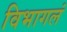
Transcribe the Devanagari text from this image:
विभागलं